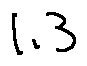
1 . 3